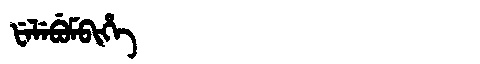
Manchu: ᡶᡝᠯᡝᠪᡠᠮᠪᡳᡥᡝ
Romanization: FELEBUMBIHE